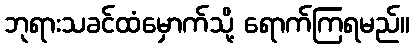
ဘုရားသခင်ထံမှောက်သို့ ရောက်ကြရမည်။